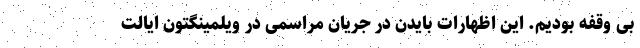
بی وقفه بودیم. این اظهارات بایدن در جریان مراسمی در ویلمینگتون ایالت